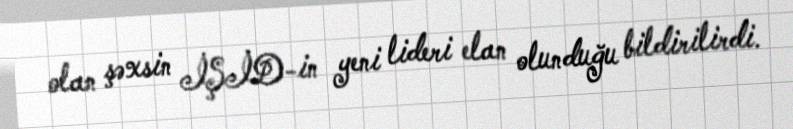
olan şəxsin İŞİD-in yeni lideri elan olunduğu bildirilirdi.